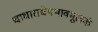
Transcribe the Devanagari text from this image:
चाधाराधेयभावमूलकं